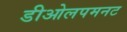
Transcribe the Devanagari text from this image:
डीओलपमनट